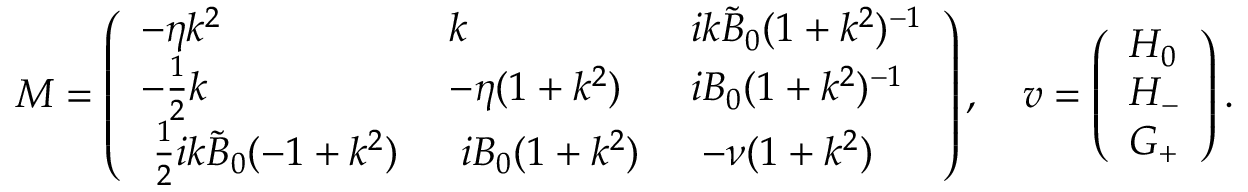
M = \left( \begin{array} { l l l } { - \eta k ^ { 2 } } & { k } & { i k \tilde { B } _ { 0 } ( 1 + k ^ { 2 } ) ^ { - 1 } } \\ { - \frac { 1 } { 2 } k } & { - \eta ( 1 + k ^ { 2 } ) } & { i B _ { 0 } ( 1 + k ^ { 2 } ) ^ { - 1 } } \\ { \; \frac { 1 } { 2 } i k \tilde { B } _ { 0 } ( - 1 + k ^ { 2 } ) \; } & { \; i B _ { 0 } ( 1 + k ^ { 2 } ) \; } & { \; - \nu ( 1 + k ^ { 2 } ) \; } \end{array} \right) , \quad \boldsymbol { v } = \left( \begin{array} { l } { H _ { 0 } } \\ { H _ { - } } \\ { G _ { + } } \end{array} \right) .